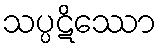
သပ္ပဋိဿော